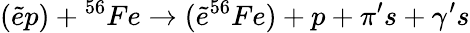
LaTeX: ({\tilde{e}}p)+{^{56}}Fe\rightarrow({\tilde{e}}^{56}Fe)+p+{\pi}^{\prime}s+{\gamma}^{\prime}s